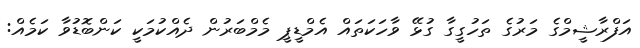
އަފްރާޝީމްގެ މަރުގެ ތަހުގީގާ ގުޅޭ ވާހަކަތައް އެމްޑީޕީ މެމްބަރުން ދެއްކުމަކީ ކަންބޮޑުވާ ކަމެއް: